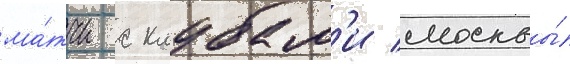
ма́тчи с клубам'и москвы́